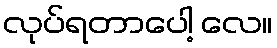
လုပ်ရတာပေါ့ လေ။